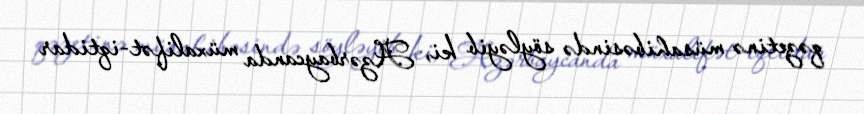
qəzetinə müsahibəsində söyləyib ki, Azərbaycanda müxalifət-iqtidar